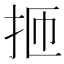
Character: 㧜